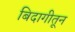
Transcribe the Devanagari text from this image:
बिदागीतून